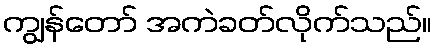
ကျွန်တော် အကဲခတ်လိုက်သည်။